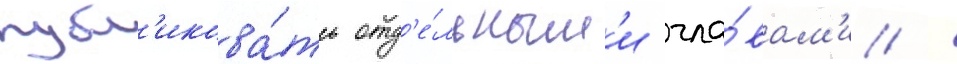
публ'икова́ть отд'е́льным'и гла́вам'и /